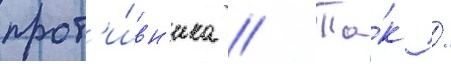
прот'и́вн'ика // Та́к /